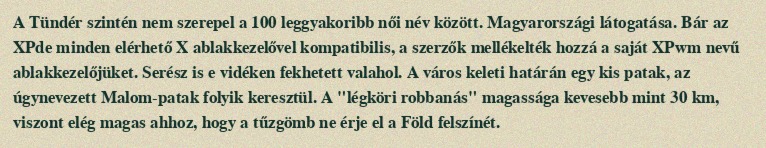
A Tündér szintén nem szerepel a 100 leggyakoribb női név között. Magyarországi látogatása. Bár az XPde minden elérhető X ablakkezelővel kompatibilis, a szerzők mellékelték hozzá a saját XPwm nevű ablakkezelőjüket. Serész is e vidéken fekhetett valahol. A város keleti határán egy kis patak, az úgynevezett Malom-patak folyik keresztül. A "légköri robbanás" magassága kevesebb mint 30 km, viszont elég magas ahhoz, hogy a tűzgömb ne érje el a Föld felszínét.